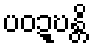
ပဝဍ္ဎန္တိ